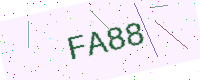
Text: FA88